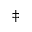
^ { \ddagger }